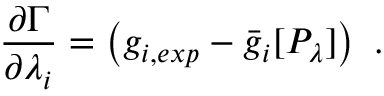
\frac { \partial \Gamma } { \partial \lambda _ { i } } = \left( g _ { i , e x p } - \bar { g } _ { i } [ P _ { \lambda } ] \right) ~ .